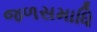
જળસમાધિ